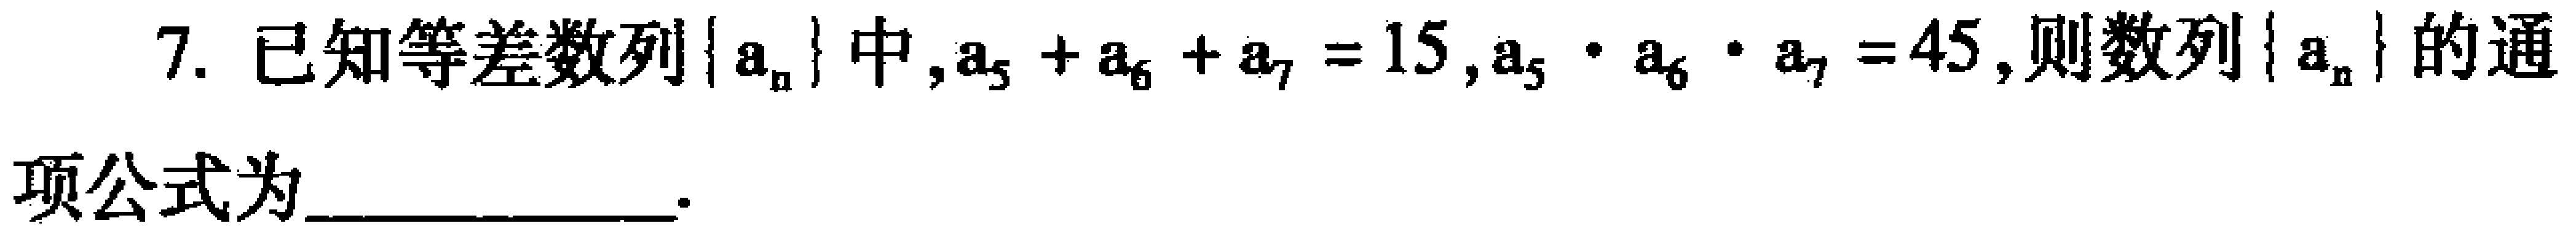
7. 已知等差数列\(\{ a_{n}\}\)中，\(a_{5}+a_{6}+a_{7}=15\)，\(a_{5}\cdot a_{6}\cdot a_{7}=45\)，则数列\(\{ a_{n}\}\)的通项公式为____________.